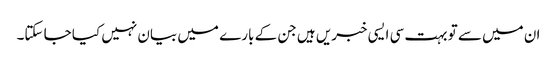
ان میں سے تو بہت سی ایسی خبریں ہیں جن کے بارے میں بیان نہیں کیا جا سکتا۔